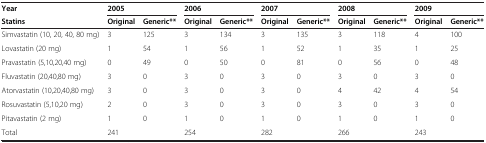
<table><thead><tr><td><b>Year</b></td><td colspan="2"><b>2005</b></td><td colspan="2"><b>2006</b></td><td colspan="2"><b>2007</b></td><td colspan="2"><b>2008</b></td><td colspan="2"><b>2009</b></td></tr><tr><td><b>Statins</b></td><td><b>Original</b></td><td><b>Generic**</b></td><td><b>Original</b></td><td><b>Generic**</b></td><td><b>Original</b></td><td><b>Generic**</b></td><td><b>Original</b></td><td><b>Generic**</b></td><td><b>Original</b></td><td><b>Generic**</b></td></tr></thead><tbody><tr><td>Simvastatin (10, 20, 40, 80 mg)</td><td>3</td><td>125</td><td>3</td><td>134</td><td>3</td><td>135</td><td>3</td><td>118</td><td>4</td><td>100</td></tr><tr><td>Lovastatin (20 mg)</td><td>1</td><td>54</td><td>1</td><td>56</td><td>1</td><td>52</td><td>1</td><td>35</td><td>1</td><td>25</td></tr><tr><td>Pravastatin (5,10,20,40 mg)</td><td>0</td><td>49</td><td>0</td><td>50</td><td>0</td><td>81</td><td>0</td><td>56</td><td>0</td><td>48</td></tr><tr><td>Fluvastatin (20,40,80 mg)</td><td>3</td><td>0</td><td>3</td><td>0</td><td>3</td><td>0</td><td>3</td><td>0</td><td>3</td><td>0</td></tr><tr><td>Atorvastatin (10,20,40,80 mg)</td><td>3</td><td>0</td><td>3</td><td>0</td><td>3</td><td>0</td><td>4</td><td>42</td><td>4</td><td>54</td></tr><tr><td>Rosuvastatin (5,10,20 mg)</td><td>2</td><td>0</td><td>3</td><td>0</td><td>3</td><td>0</td><td>3</td><td>0</td><td>3</td><td>0</td></tr><tr><td>Pitavastatin (2 mg)</td><td>1</td><td>0</td><td>1</td><td>0</td><td>1</td><td>0</td><td>1</td><td>0</td><td>1</td><td>0</td></tr><tr><td>Total</td><td colspan="2">241</td><td colspan="2">254</td><td colspan="2">282</td><td colspan="2">266</td><td colspan="2">243</td></tr></tbody></table>